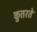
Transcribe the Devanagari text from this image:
कुतरते